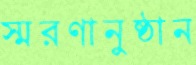
স্মরণানুষ্ঠান